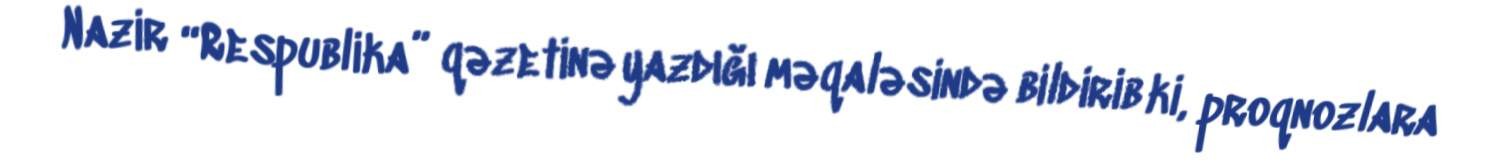
Nazir “Respublika” qəzetinə yazdığı məqaləsində bildirib ki, proqnozlara